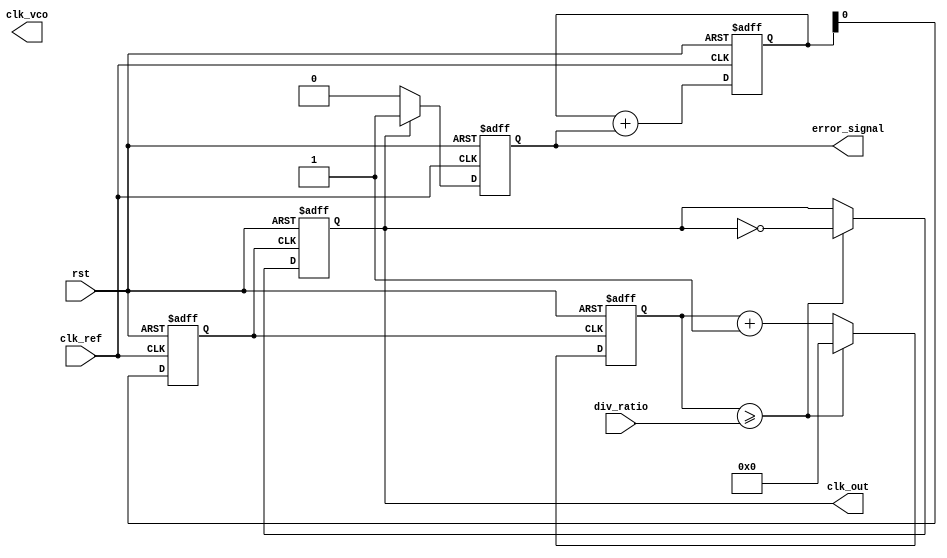
module fractional_PLL (
    input  wire clk_ref,        // Reference Clock
    input  wire rst,            // Reset signal
    output wire clk_out,        // Output Clock
    output wire clk_vco,        // VCO Clock
    input  wire [7:0] div_ratio, // Fractional division ratio (programmable)
    output wire error_signal     // Error signal from Phase Detector
);
    
    // Parameters for simulation
    parameter PHASE_BITS = 3;
    
    // Internal signals
    reg [PHASE_BITS-1:0] phase_counter;
    reg clk_vco_reg;
    reg [7:0] loop_filter_output; // Output from Loop Filter
    wire clk_feedback; // Feedback clock from divider
    wire phase_detector_out; // Output from phase detector

    // Phase Detector (PFD)
    always @(posedge clk_ref or posedge rst) begin
        if (rst) begin
            // Reset logic
            phase_counter <= 0;
            error_signal <= 0;
        end else begin
            // Phase comparison logic
            if (clk_feedback) begin
                error_signal <= 1; // Output is leading
            end else begin
                error_signal <= 0; // Output is lagging
            end
        end
    end

    // Loop Filter (Simplified)
    always @(posedge clk_ref or posedge rst) begin
        if (rst) begin
            loop_filter_output <= 0;
        end else begin
            // Simple integrator for error signal
            loop_filter_output <= loop_filter_output + error_signal;
        end
    end

    // Voltage-Controlled Oscillator (VCO)
    always @(posedge clk_ref or posedge rst) begin
        if (rst) begin
            clk_vco_reg <= 0;
        end else begin
            // Modify VCO frequency based on loop filter output
            clk_vco_reg <= loop_filter_output[0]; // Simple VCO output mockup
        end
    end

    // Frequency Divider
    reg [7:0] divide_count;
    always @(posedge clk_vco_reg or posedge rst) begin
        if (rst) begin
            divide_count <= 0;
            clk_out <= 0;
        end else begin
            // Implementing a fractional division
            divide_count <= divide_count + 1;
            if (divide_count >= div_ratio) begin
                clk_out <= ~clk_out; // Toggle output clock
                divide_count <= 0;   // Reset the counter
            end
        end
    end

    assign clk_feedback = clk_out; // Feedback for phase detector

endmodule